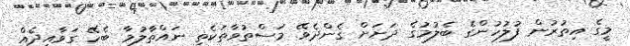
މީގެ އިތުރުން ފުލުހުންގެ ބެލުމުގެ ދަށަށް ގެންދެވޭ މަސްތުވާތަކެތި ނައްތާލުމާ ބެހޭ ގަވާއިދެއް